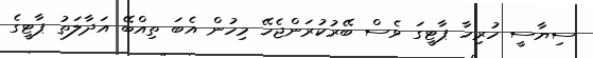
ސިޔާސީ ހުރިހާ ޕާޓީގަ ވެސް ބޭރުކުރަންޖެހޭ މިހުން އެބަ ތިއްބޭ އަދާލަތު ޕާޓީގެ